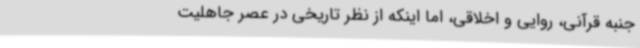
جنبه قرآنی، روایی و اخلاقی، اما اینکه از نظر تاریخی در عصر جاهلیت